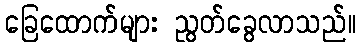
ခြေထောက်များ ညွတ်ခွေလာသည်။